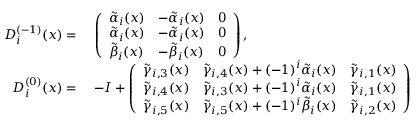
\begin{array} { r l } { D _ { i } ^ { ( - 1 ) } ( x ) = } & { \; \left( \begin{array} { l l l } { \tilde { \alpha } _ { i } ( x ) } & { - \tilde { \alpha } _ { i } ( x ) } & { 0 } \\ { \tilde { \alpha } _ { i } ( x ) } & { - \tilde { \alpha } _ { i } ( x ) } & { 0 } \\ { \tilde { \beta } _ { i } ( x ) } & { - \tilde { \beta } _ { i } ( x ) } & { 0 } \end{array} \right) , } \\ { D _ { i } ^ { ( 0 ) } ( x ) = } & { \; - I + \left( \begin{array} { l l l } { \tilde { \gamma } _ { i , 3 } ( x ) } & { \tilde { \gamma } _ { i , 4 } ( x ) + ( - 1 ) ^ { i } \tilde { \alpha } _ { i } ( x ) } & { \tilde { \gamma } _ { i , 1 } ( x ) } \\ { \tilde { \gamma } _ { i , 4 } ( x ) } & { \tilde { \gamma } _ { i , 3 } ( x ) + ( - 1 ) ^ { i } \tilde { \alpha } _ { i } ( x ) } & { \tilde { \gamma } _ { i , 1 } ( x ) } \\ { \tilde { \gamma } _ { i , 5 } ( x ) } & { \tilde { \gamma } _ { i , 5 } ( x ) + ( - 1 ) ^ { i } \tilde { \beta } _ { i } ( x ) } & { \tilde { \gamma } _ { i , 2 } ( x ) } \end{array} \right) } \end{array}